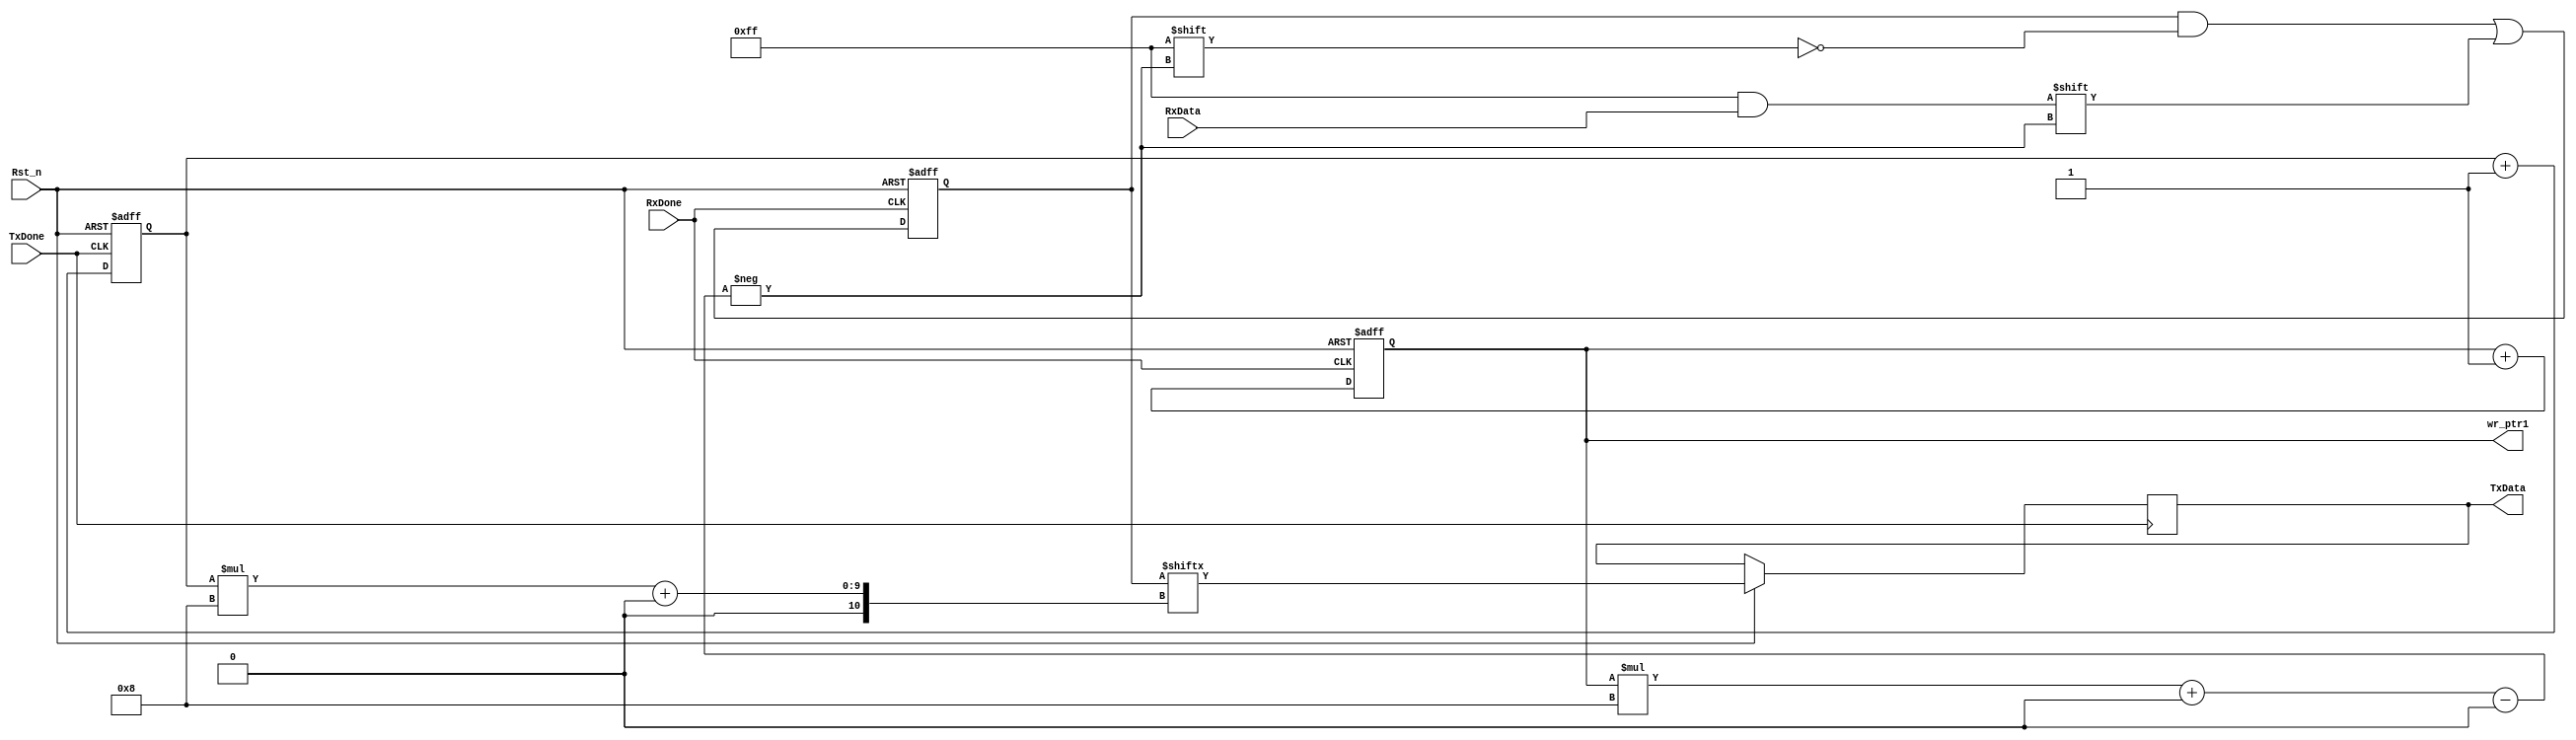
`timescale 1ns / 1ps
//////////////////////////////////////////////////////////////////////////////////
// Company: 
// Engineer: 
// 
// Design Name: 
// Module Name: fifo_8bit
// Project Name: 
// Target Devices: 
// Tool Versions: 
// Description: 
// 
// Dependencies: 
// 
// Revision:
// Revision 0.01 - File Created
// Additional Comments:
// 
//////////////////////////////////////////////////////////////////////////////////


module fifo_8bit( 
   input Rst_n,
   input  [7:0] RxData,
   input  RxDone,
   input   TxDone,
	output [4:0] wr_ptr1,
   output  [7:0] TxData

    );
    
reg [255:0] tx_data_reg;  // 16-bit register to store incoming data
reg [4:0] wr_ptr ,rd_ptr = 5'b0;
reg [7:0] TxData1;   

assign wr_ptr1=wr_ptr;
    
always@(posedge RxDone or negedge Rst_n)
begin
if(!Rst_n)
begin
tx_data_reg <= 255'b0;
wr_ptr<=5'b0;
end
else begin
    tx_data_reg [wr_ptr * 8 +: 8] <= RxData;
   wr_ptr<=wr_ptr+1'b1;
end
end
    
always@(posedge TxDone or negedge Rst_n)
begin
if(!Rst_n)
begin
 rd_ptr<=5'b0;
 end
 else begin
 	TxData1 <= tx_data_reg[rd_ptr * 8 +: 8];
    rd_ptr<=rd_ptr+1'b1;
 end
end
    
	 
	 
assign TxData=TxData1;
    
endmodule